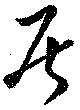
居